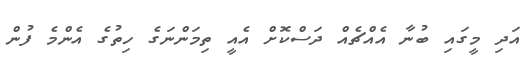
އަދި މީގައި ބުނާ އެއްޗެއް ދަސްކޮށް އެއީ ތިމަންނަގެ ހިތުގެ އެންމެ ފުން